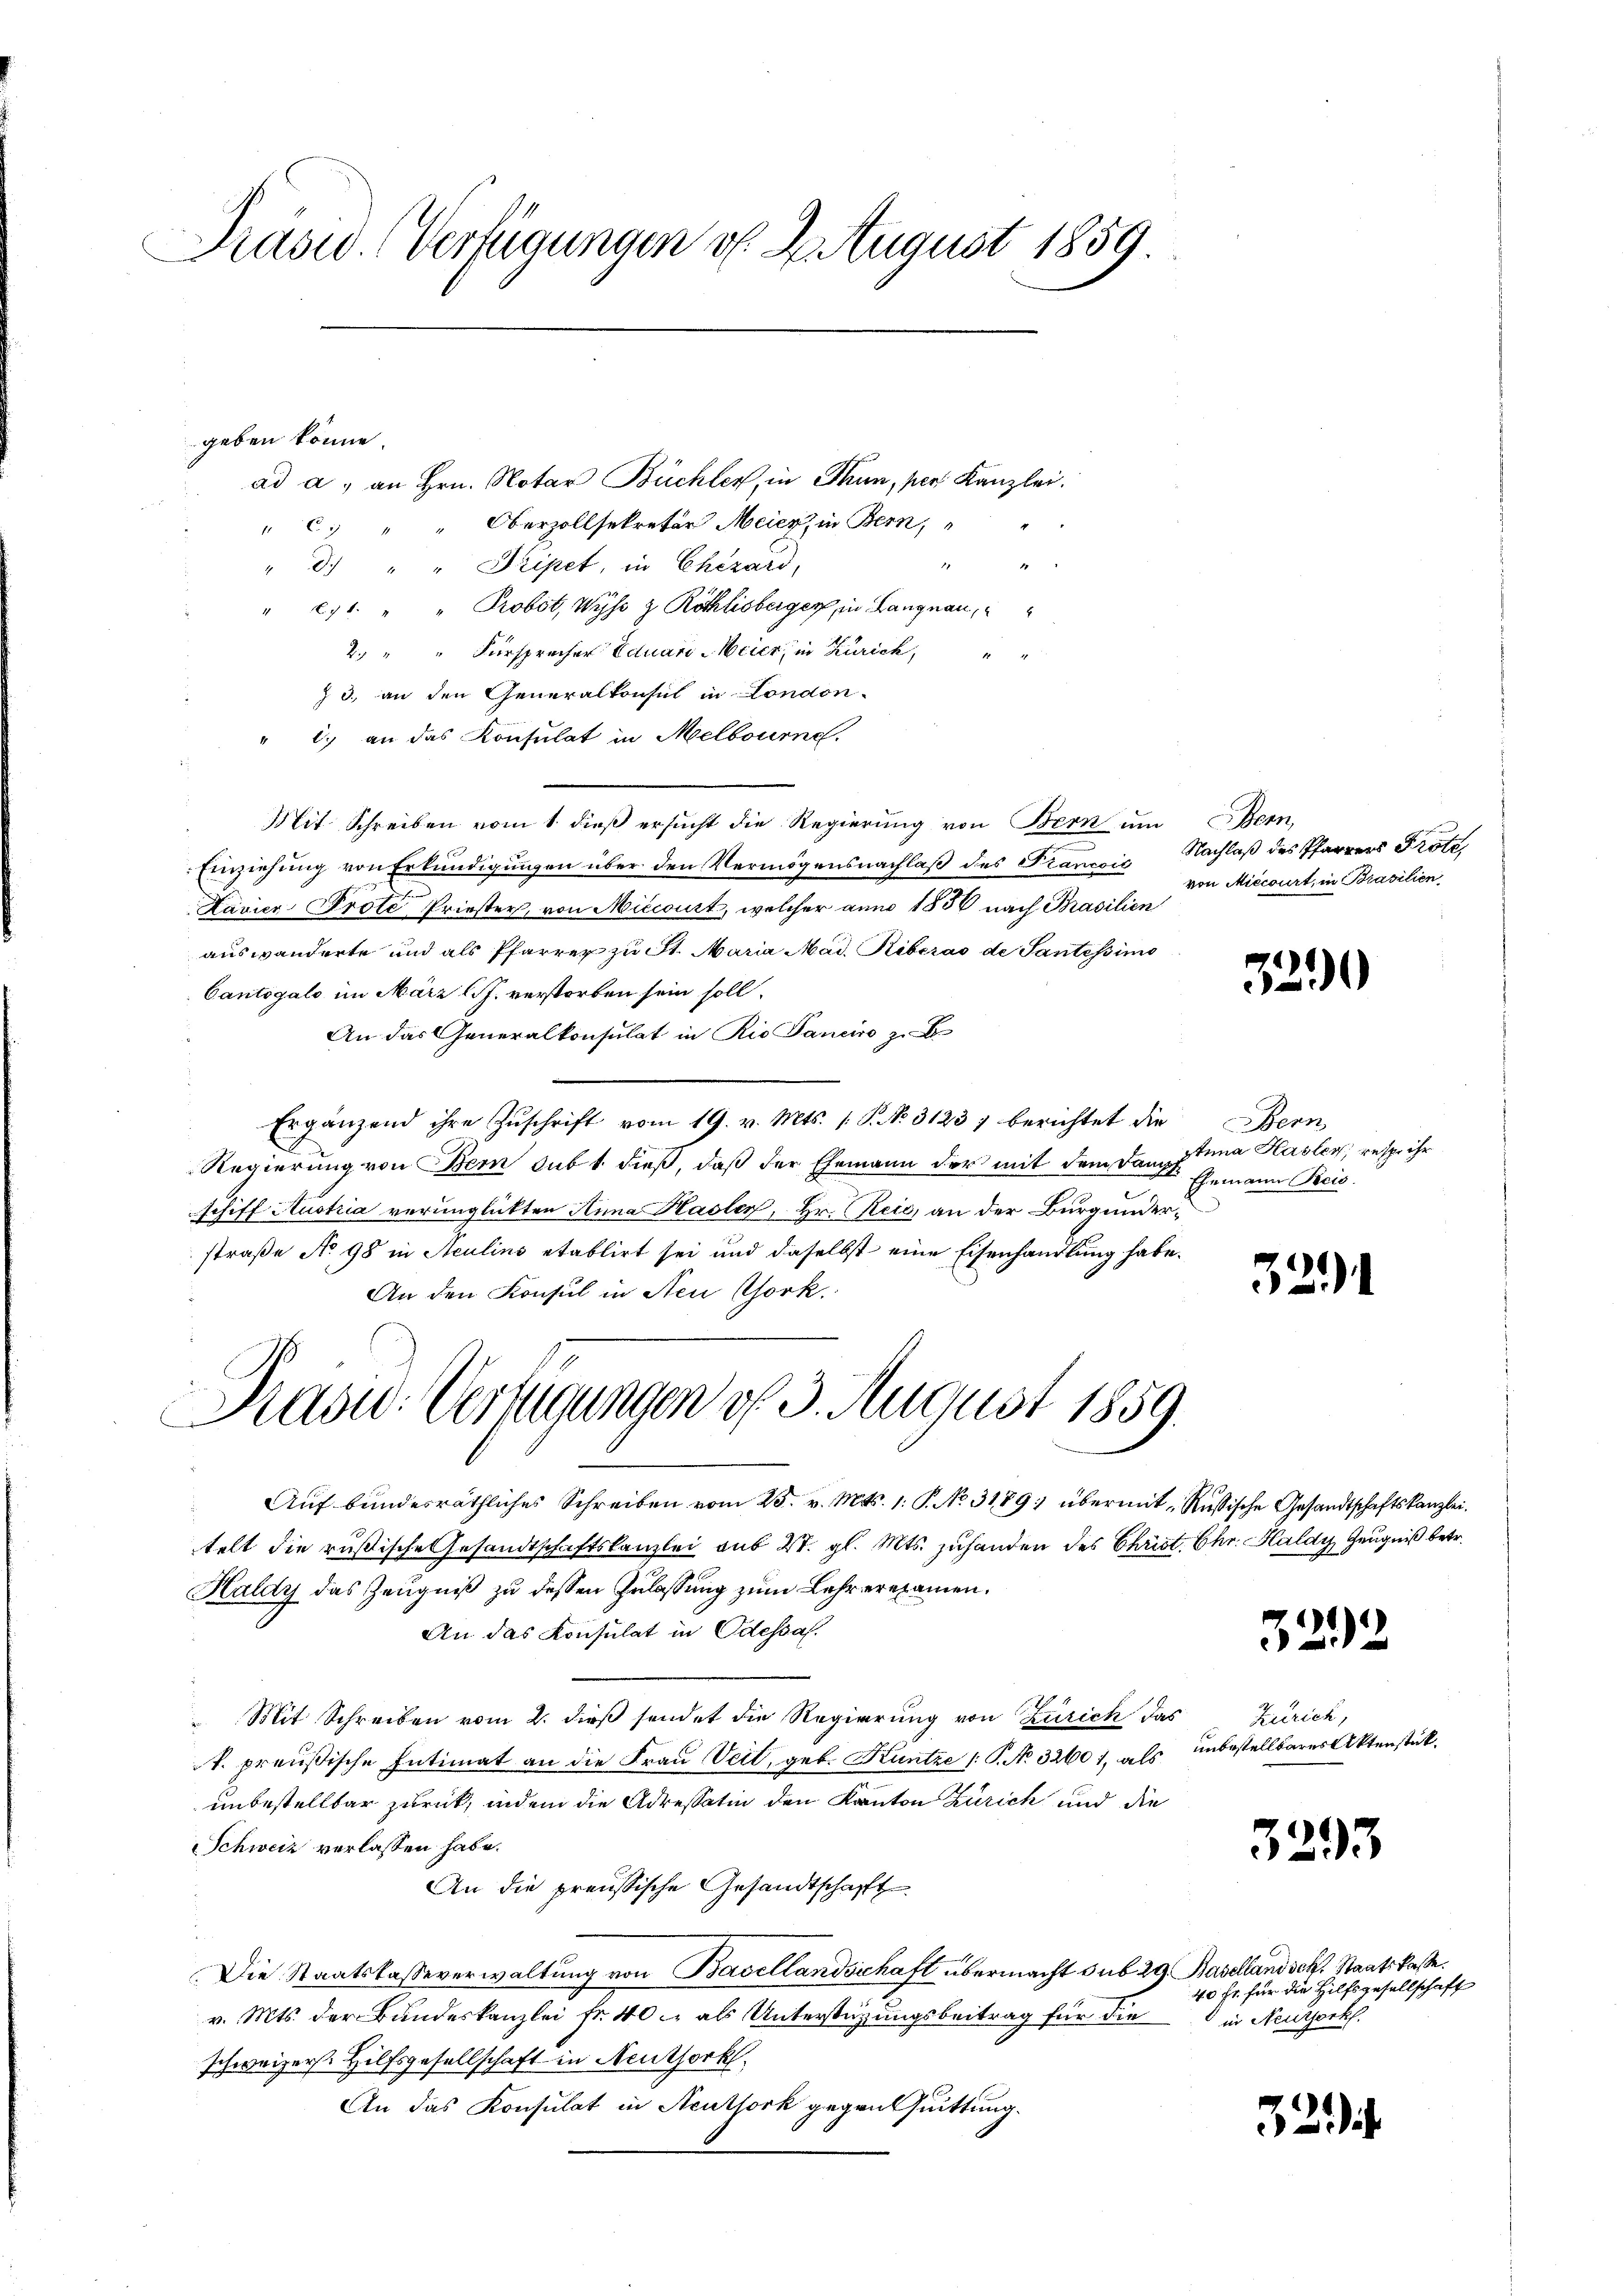
Präsid. Vertigungen v. 2. August 1859

geben könne.
ad a. an Hrn. Notar Büchler in Thun, pers Kanzlei.
c. " " Oberzollsekretär Meier, in Bern,
2
" d.) " " Pripet, in Chizard,
" 271. " " Probst, Wyss Z Röthlisberger, in Langnau,
2. " " Fürsprecher Eduari-Weier in Zürich,
8.
z 3., an den Generalkonsul in London-
" c. an das Konsulat in Melbourne.
Mit Schreiben vom 1. dieβ ersŭcht die Regierŭng von Bern ŭm Bern,
Einziehung von Erkundigungen über den Vermögensnachlaß des Francois Nachlaß des Pfarrers Prote
Lavier Prote Priester, von Miccourt, welcher anno 1536 nach Brasilien
auswanderte und als Pfarrer zu St. Maria Mad. Riberas de Santessimo
Cantogalo im März l.J. verstorben sein soll.
An das Generalkonsulat in Rio Paneiro zu b
Ergänzend ihre Zŭschrift vom 19. v. Mts. 1 S. No. 3123) berichtet die Bern
Regierung von Bem sub 1 dieß, daß der Ehemann der mit dem Dampf
schiff Austria verunglickten Anna Hasler, Hr. Reis, an der Burgunderstraße No 98 in Aculins etablirt sei und daselbst eine Eisenhandlung habe.
An den Konsul in Neu Chork.
Prasw: Verfügungen d. 3. August 1859.
Auf bundesräthliches Schreiben vom 25. v. Mts. 1. P. No. 3189 übermit Russische Gesandtschaftskanzlei.
telt die rußische Gesandtschaftskanzlei aus 21. gl. Mts. zuhanden des Christ. Chr. Haldy Zeugniß betr.
Haldy das Zeugniß zu dessen Zulassung zum Lehrerexamen.
An das Konsulat in Odessa.
Mit Schreiben vom 2. dieß sendet die Regierung von Zürich das
k. preußische Intimat an die Frau Veit, geb. Kuntze /: P. No. 32601, als unbestellbares Aktenstück.
unbestellter zurück, indem die Adressatin den Kanton Zürich und die
Schweiz verlassen habe.
An die preussische Gesandtschafft
Die Staatskasseverwaltung von Basellandschaft übermacht sub 29. Baselland sch. Staatskasse.
v. Mts. der Bundeskanzlei fr. 40 c. als Unterstützungsbeitrag für die
schweizer. Hilfsgesellschaft in Neuthork
An das Konsulat in Neuthork gegen Quittung.

von Miccourt, in Brasilien

329

Anna Hasler, resp. ihr
Ehemann Pecis.

321

322

Zürich,

3293

40 Fr. für die Hilfsgesellschaft
 in Neuthork.

2